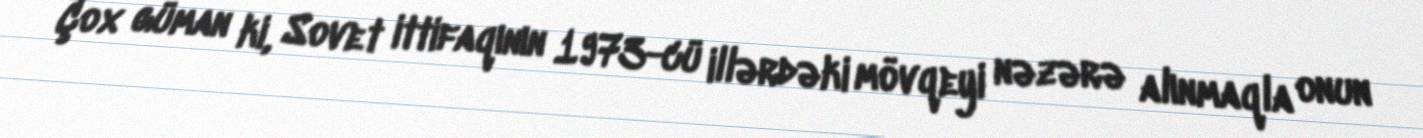
Çox güman ki, Sovet ittifaqının 1973-cü illərdəki mövqeyi nəzərə alınmaqla onun